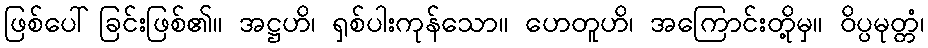
ဖြစ်ပေါ်ခြင်းဖြစ်၏။ အဋ္ဌဟိ၊ ရှစ်ပါးကုန်သော။ ဟေတူဟိ၊ အကြောင်းတို့မှ။ ဝိပ္ပမုတ္တံ၊